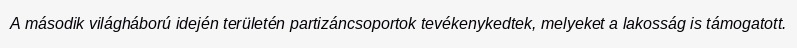
A második világháború idején területén partizáncsoportok tevékenykedtek, melyeket a lakosság is támogatott.